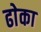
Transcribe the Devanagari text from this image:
ढाेका